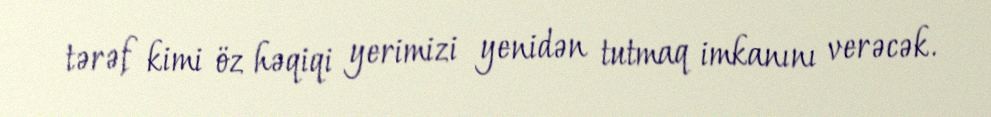
tərəf kimi öz həqiqi yerimizi yenidən tutmaq imkanını verəcək.